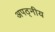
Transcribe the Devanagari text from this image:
अपठ्नीय